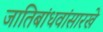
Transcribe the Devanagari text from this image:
जातिबांधवांसारखे